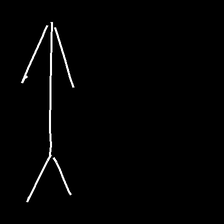
Glyph: gather